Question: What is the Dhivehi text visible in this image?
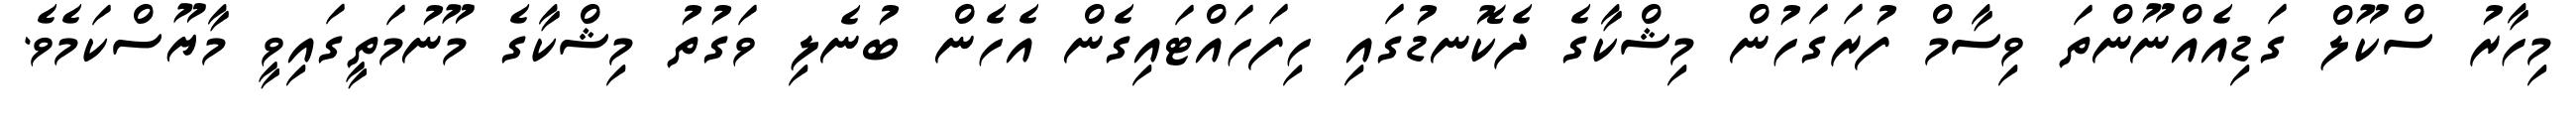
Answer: މިހާރު ސްކޫލް ގަޑިއެއްނޫންތަ ވިސާމް ފުރަގަހުން މިޝްކާގެ ދެކޮނޑުގައި ހިފަހައްޓައިގެން އެހެން ބުނެލި ވަގުތު މިޝްކާގެ މޫނުމަތީގައިވީ މާޔޫސްކަމެވެ.